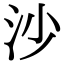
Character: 沙